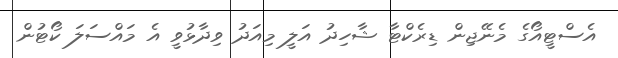
އެސްޓީއޯގެ މެނޭޖިން ޑިރެކްޓާ ޝާހިދު އަލީ މިއަދު ވިދާޅުވީ އެ މައްސަލަ ކޯޓުން